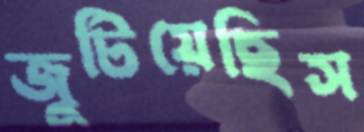
জুটিয়েছিস